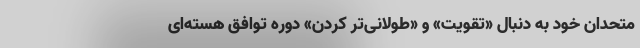
متحدان خود به دنبال «تقویت» و «طولانی‌تر کردن» دوره توافق هسته‌ای